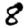
Digit: 8